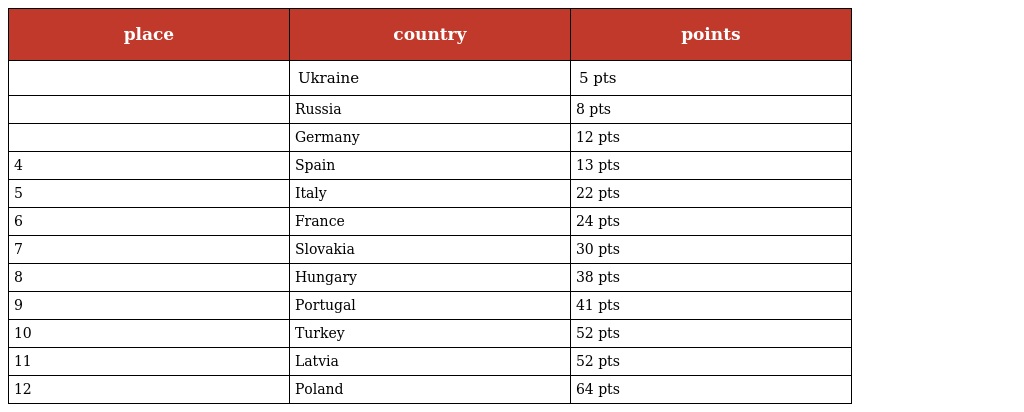
| place | country | points |
 | --- | --- | --- |
 |  | Ukraine | 5 pts |
 |  | Russia | 8 pts |
 |  | Germany | 12 pts |
 | 4 | Spain | 13 pts |
 | 5 | Italy | 22 pts |
 | 6 | France | 24 pts |
 | 7 | Slovakia | 30 pts |
 | 8 | Hungary | 38 pts |
 | 9 | Portugal | 41 pts |
 | 10 | Turkey | 52 pts |
 | 11 | Latvia | 52 pts |
 | 12 | Poland | 64 pts |